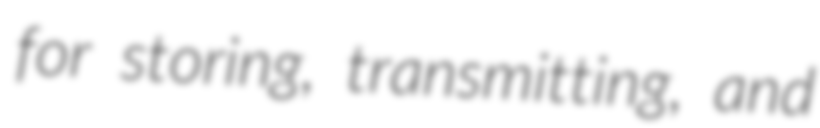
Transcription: for storing, transmitting, and